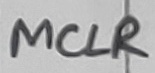
Text: MCLR